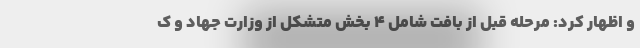
و اظهار کرد: مرحله قبل از بافت شامل ۴ بخش متشکل از وزارت جهاد و ک